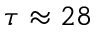
\tau \approx 2 8